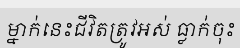
ម្នាក់នេះជីវិតត្រូវអស់ ធ្លាក់ចុះ